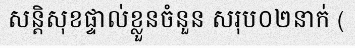
សន្តិសុខផ្ទាល់ខ្លួនចំនួន សរុប០២នាក់ (